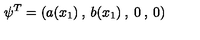
\psi ^ { T } = ( a ( x _ { 1 } ) \: , \: b ( x _ { 1 } ) \: , \: 0 \: , \: 0 )